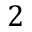
2